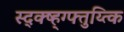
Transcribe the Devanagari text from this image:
स्द्क्ष्ह्ग्फ्तुय्त्कि